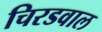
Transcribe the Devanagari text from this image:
चिरडवाल